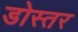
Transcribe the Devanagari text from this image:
डोस्तर